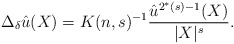
\begin{align*}\Delta_\delta\hat{u}(X) = K(n,s)^{-1}\frac{\hat{u}^{2^*(s)-1}(X)}{|X|^s}.\end{align*}